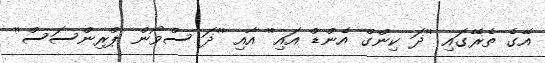
އޭގެ ތެރޭގައި ''ޛަ ކިންގް އެންޑް އައި'' އާއި ''ޛަ ސްވޯން ޕްރިންސަސް''